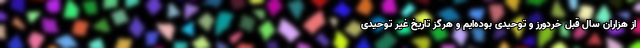
از هزاران سال قبل خردورز و توحیدی بوده‌ایم و هرگز تاریخ غیر توحیدی